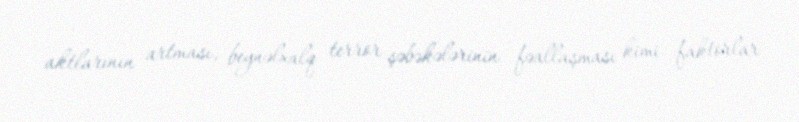
aktlarının artması, beynəlxalq terror şəbəkələrinin fəallaşması kimi faktorlar